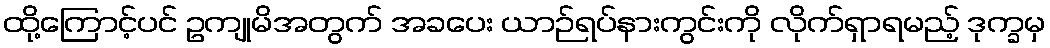
ထို့ကြောင့်ပင် ဥကျုမိအတွက် အခပေး ယာဉ်ရပ်နားကွင်းကို လိုက်ရှာရမည့် ဒုက္ခမှ